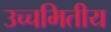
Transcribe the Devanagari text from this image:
उच्चमितीय